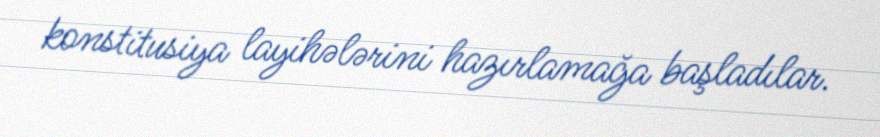
konstitusiya layihələrini hazırlamağa başladılar.